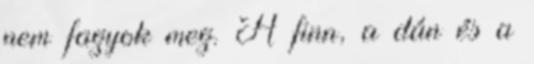
nem fagyok meg. A finn, a dán és a